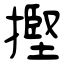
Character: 摼